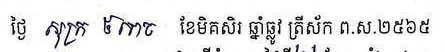
ថ្ងៃ សុក្រ ៥រោច ខែមិគសិរ ឆ្នាំឆ្លូវ ត្រីស័ក ព.ស.២៥៦៥